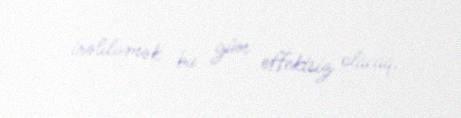
irəliləmək bu gün effektsiz olacaq.